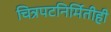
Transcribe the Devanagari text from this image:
चित्रपटनिर्मितीही